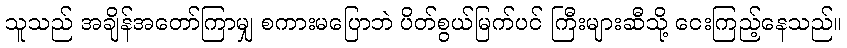
သူသည် အချိန်အတော်ကြာမျှ စကားမပြောဘဲ ပိတ်စွယ်မြက်ပင် ကြီးများဆီသို့ ငေးကြည့်နေသည်။